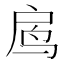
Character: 𱉓